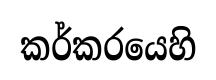
කර්කරයෙහි